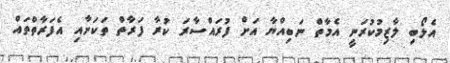
އެލޯބި ލާޒިމުކުރަނީ އެމާތް ނަބިއްޔާ އަށް ފުރައްސާރަ ކުރާ ފަރާތް ތަކަށާއި އެފަރާތްތައް